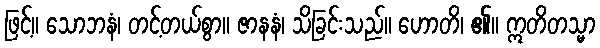
ဖြင့်။ သောဘနံ၊ တင့်တယ်စွာ။ ဇာနနံ၊ သိခြင်းသည်။ ဟောတိ၊ ၏။ ဣတိတသ္မာ